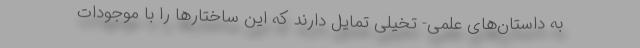
به داستان‌های علمی‌- تخیلی تمایل دارند که این ساختارها را با موجودات